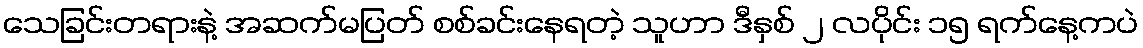
သေခြင်းတရားနဲ့ အဆက်မပြတ် စစ်ခင်းနေရတဲ့ သူဟာ ဒီနှစ် ၂ လပိုင်း ၁၅ ရက်နေ့ကပဲ